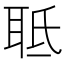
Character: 𦕑